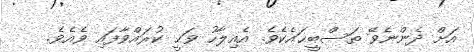
އަށް ދެންނެވޭ ތަސްބީޙައެކެވެ. އެއިލާހު ވަޙީ ކުރައްވާފައި ވެއެވެ.